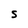
Character: S